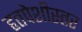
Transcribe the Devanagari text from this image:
हृतपेशीस्तर